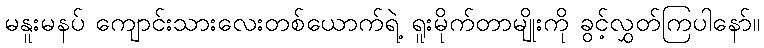
မနူးမနပ် ကျောင်းသားလေးတစ်ယောက်ရဲ့ ရူးမိုက်တာမျိုးကို ခွင့်လွှတ်ကြပါနော်။